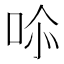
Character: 𭇧